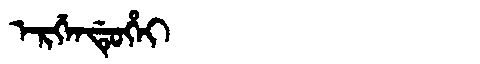
Manchu: ᡝᡵᡤᡝᠨᡩᡠᡥᡝᡳ
Romanization: ERGENDUHEI